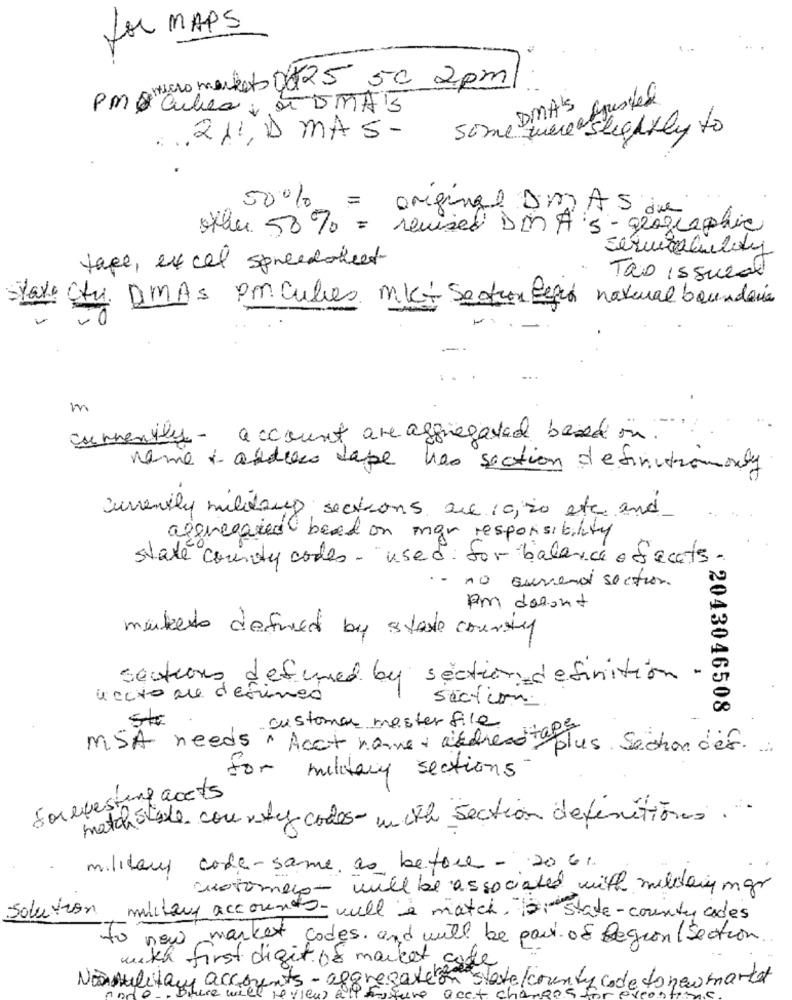
for MAPS
micro markets 0825 50 2pm
DMA'S Spurtede
PM& Cubes at OMA'S
some were slightly to
211, D MAS-
50%
= original DAS die
other 50 % = revised DMA's- geographic
Servicaluebay
tape, excel spreadsheet
Tao Issueal
taxe Ctu DMAs Poncules mkt Section Begun natural boundaries
m
currently- account are aggregated based on.
Name + address case has section definitiononly
currently mildaus sections are 10,20 etc and
aggregated bead on mar responsibility
state county codes - used for balance ofecats.
no current section.
pm darunt
makes defined by stave country
sections defined by section definition .
Lecto de deirmão
section.
*2043046508
customer master file
MSA needs " Acct name + address tape
plus . Sechon des.
for military sections
Sorevesting accts
match slide courty codes with section definitions ..
military code-same as before - 2061.
customers- will be associated with mildany mgr
Solution
military accounts-will & match,state- county ades
to
now market codes and will be part of Region/ Section
with first digit of market cake
Nonmilitary accounts- aggregation statekco
re we
1 code to new market